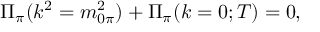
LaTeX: { \Pi } _ { \pi } ( k ^ { 2 } = m _ { 0 \pi } ^ { 2 } ) + { \Pi } _ { \pi } ( k = 0 ; T ) = 0 ,